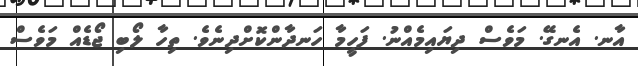
އާނ. އެނގޭ. މަވެސް ދިޔައިމެއްނު. ފަހީމާ ހަނދާންކޮށްދިނެވެ. ތިހާ ލޯބި ޖޯޑެއް މަވެސް